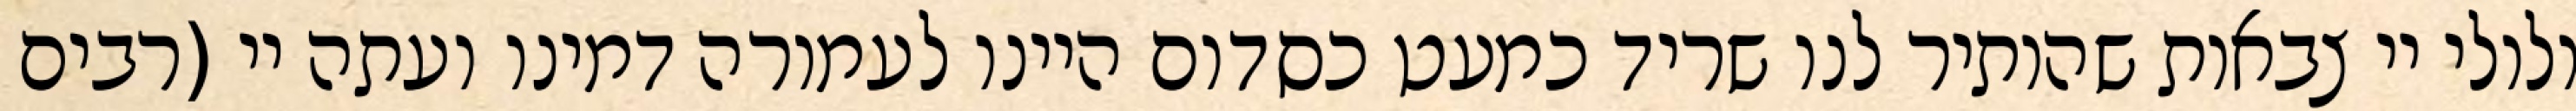
ולולי יי צבאות שהותיר לנו שריד כמעט כסדום היינו לעמורה דמינו ועתה יי (רבים